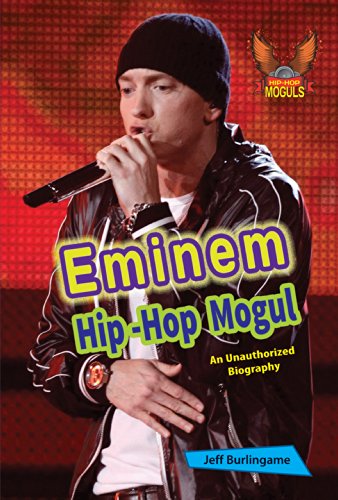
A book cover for Eminem (Hip-Hop Moguls); Jeff Burlingame; Teen & Young Adult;